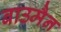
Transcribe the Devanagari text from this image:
बाउमैन